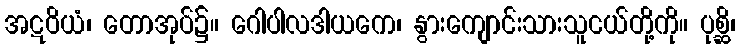
အဋဝိယံ၊ တောအုပ်၌။ ဂေါပါလဒါယကေ၊ နွားကျောင်းသားသူငယ်တို့ကို။ ပုစ္ဆိ၊